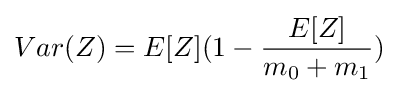
Var(Z)=E[Z](1-{\frac {E[Z]}{m_{0}+m_{1}}})